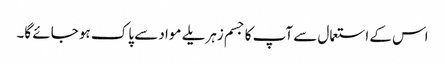
اس کے استعمال سے آپ کا جسم زہریلے مواد سے پاک ہو جائے گا۔